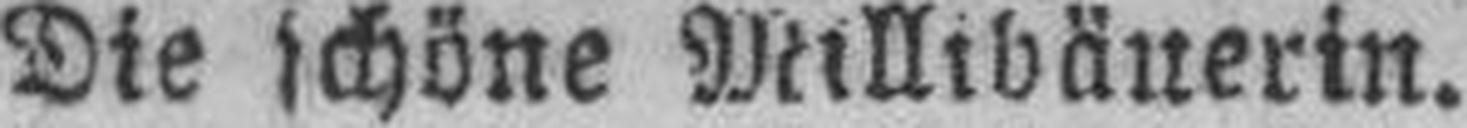
Die schöne Millibäuerin.